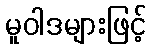
မူဝါဒများဖြင့်